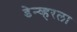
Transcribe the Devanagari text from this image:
डेन्व्हरला